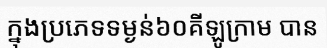
ក្នុងប្រភេទទម្ងន់៦០គីឡូក្រាម បាន